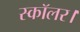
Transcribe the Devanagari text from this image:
स्कॉलर।